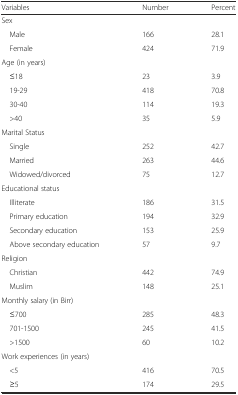
<table><thead><tr><td><b>Variables</b></td><td><b>Number</b></td><td><b>Percent</b></td></tr></thead><tbody><tr><td>Sex</td><td></td><td></td></tr><tr><td> Male</td><td>166</td><td>28.1</td></tr><tr><td> Female</td><td>424</td><td>71.9</td></tr><tr><td>Age (in years)</td><td></td><td></td></tr><tr><td> ≤18</td><td>23</td><td>3.9</td></tr><tr><td> 19-29</td><td>418</td><td>70.8</td></tr><tr><td> 30-40</td><td>114</td><td>19.3</td></tr><tr><td> &gt;40</td><td>35</td><td>5.9</td></tr><tr><td>Marital Status</td><td></td><td></td></tr><tr><td> Single</td><td>252</td><td>42.7</td></tr><tr><td> Married</td><td>263</td><td>44.6</td></tr><tr><td> Widowed/divorced</td><td>75</td><td>12.7</td></tr><tr><td>Educational status</td><td></td><td></td></tr><tr><td> Illiterate</td><td>186</td><td>31.5</td></tr><tr><td> Primary education</td><td>194</td><td>32.9</td></tr><tr><td> Secondary education</td><td>153</td><td>25.9</td></tr><tr><td> Above secondary education</td><td>57</td><td>9.7</td></tr><tr><td>Religion</td><td></td><td></td></tr><tr><td> Christian</td><td>442</td><td>74.9</td></tr><tr><td> Muslim</td><td>148</td><td>25.1</td></tr><tr><td>Monthly salary (in Birr)</td><td></td><td></td></tr><tr><td> ≤700</td><td>285</td><td>48.3</td></tr><tr><td> 701-1500</td><td>245</td><td>41.5</td></tr><tr><td> &gt;1500</td><td>60</td><td>10.2</td></tr><tr><td>Work experiences (in years)</td><td></td><td></td></tr><tr><td> &lt;5</td><td>416</td><td>70.5</td></tr><tr><td> ≥5</td><td>174</td><td>29.5</td></tr></tbody></table>